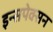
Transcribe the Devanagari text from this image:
इन्सपेक्सन